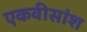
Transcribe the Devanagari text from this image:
एकवीसांश